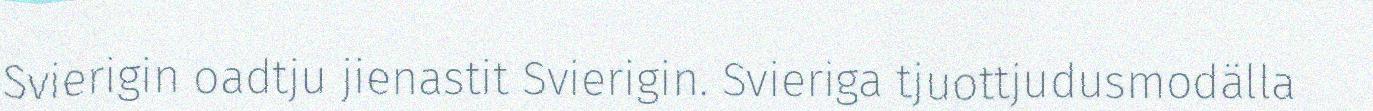
Svierigin oadtju jienastit Svierigin. Svieriga tjuottjudusmodälla